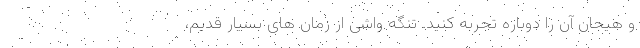
و هیجان آن را دوباره تجربه کنید. تنگه واشی از زمان های بسیار قدیم،